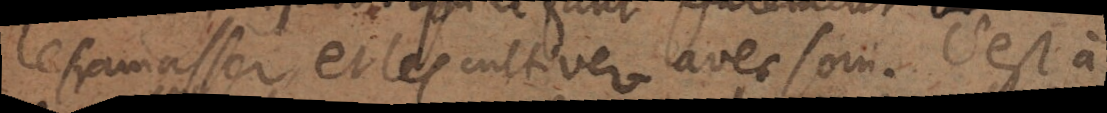
les ramasser et les cultiver avec soin. C’est à